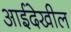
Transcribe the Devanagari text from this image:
आईदेखील